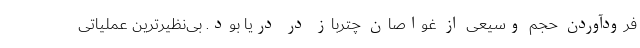
فرودآوردن حجم وسیعی از غواصان چترباز در دریا بود. بی‌نظیرترین عملیاتی